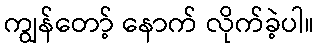
ကျွန်တော့် နောက် လိုက်ခဲ့ပါ။